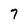
Character: 7